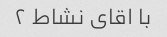
با اقای نشاط ۲